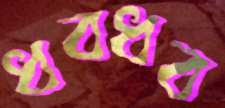
ধবধব